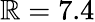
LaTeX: \mathbb{R}=7.4